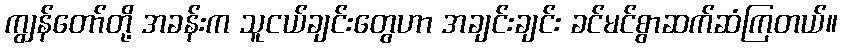
ကျွန်တော်တို့ အခန်းက သူငယ်ချင်းတွေဟာ အချင်းချင်း ခင်မင်စွာဆက်ဆံကြတယ်။